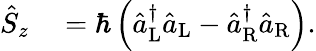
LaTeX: \begin{array}{rl}{\hat{S}_{z}}&{{}=\hbar\left(\hat{a}_{\mathrm{L}}^{\dagger}\hat{a}_{\mathrm{L}}-\hat{a}_{\mathrm{R}}^{\dagger}\hat{a}_{\mathrm{R}}\right).}\end{array}